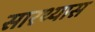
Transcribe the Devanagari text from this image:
सारथ्यास